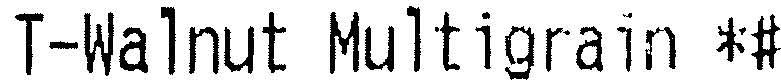
T-WALNUT MULTIGRAIN *#